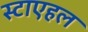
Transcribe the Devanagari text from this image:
स्टाएहल